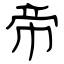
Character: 帝